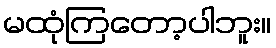
မထုံကြတော့ပါဘူး။